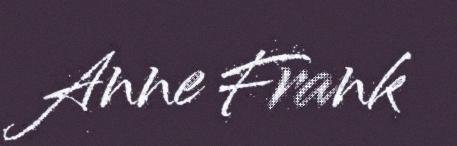
Anne Frank